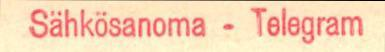
Sähkösanoma-Telegram